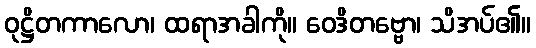
ဝုဋ္ဌိတကာလော၊ ထရာအခါကို။ ဝေဒိတဗ္ဗော၊ သိအပ်၏။